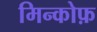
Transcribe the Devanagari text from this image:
मिन्कोफ़